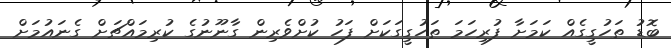
ބޮޑު ތަހުގީގެއް ކަމަށާ ފުރިހަމަ ތަހުގީގަކަށް ފަހު ކުށްވެރިން ގާނޫނުގެ ކުރިމައްޗަށް ގެނައުމަށް